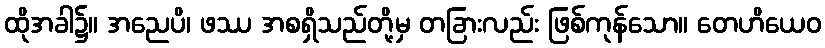
ထိုအခါ၌။ အညေပိ၊ ဖဿ အစရှိသည်တို့မှ တခြားလည်း ဖြစ်ကုန်သော။ တေဟိယေဝ